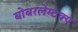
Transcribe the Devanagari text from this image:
बोबरलेम्टक्प